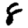
Digit: 8